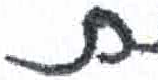
אות: ת